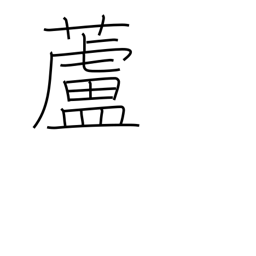
Meaning: reed